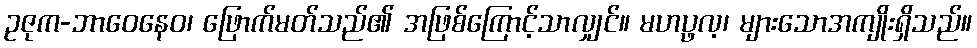
ဥဇုက-ဘာဝေနေဝ၊ ဖြောက်မတ်သည်၏ အဖြစ်ကြောင့်သာလျှင်။ မဟပ္ဖလ့၊ များသောအကျိုးရှိသည်။